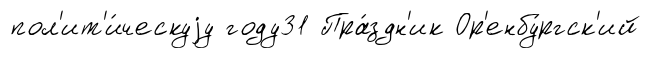
пол'ит'и́ческуjу году31 Пра́здн'ик Ор'енбу́ргск'ий